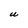
Character: U